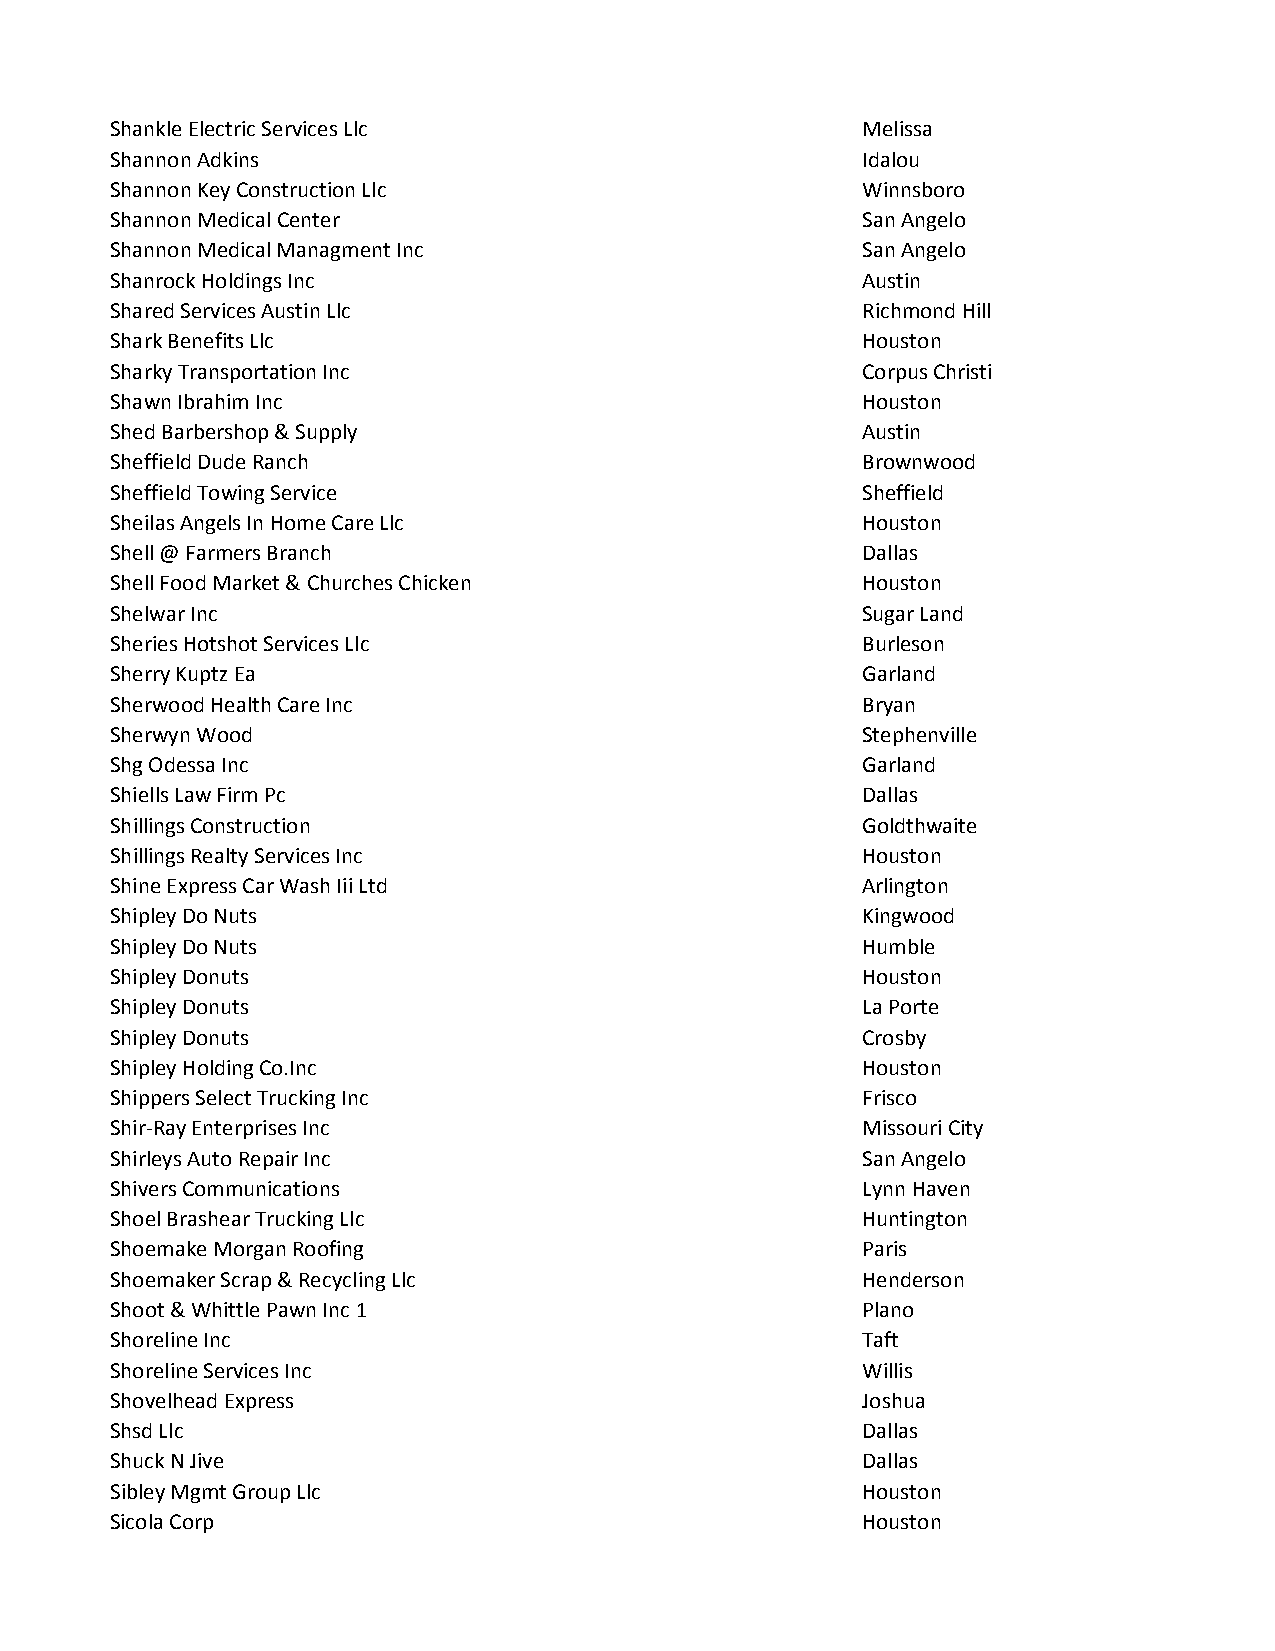
Shankle Electric Services Llc                     Melissa
 Shannon Adkins                                    Idalou
 Shannon Key Construction Llc                      Winnsboro
 Shannon Medical Center                            San Angelo
 Shannon Medical Managment Inc                     San Angelo
 Shanrock Holdings Inc                             Austin
 Shared Services Austin Llc                        Richmond Hill
 Shark Benefits Llc                                Houston
 Sharky Transportation Inc                         Corpus Christi
 Shawn Ibrahim Inc                                 Houston
 Shed Barbershop & Supply                          Austin
 Sheffield Dude Ranch                              Brownwood
 Sheffield Towing Service                          Sheffield
 Sheilas Angels In Home Care Llc                   Houston
 Shell @ Farmers Branch                            Dallas
 Shell Food Market & Churches Chicken              Houston
 Shelwar Inc                                       Sugar Land
 Sheries Hotshot Services Llc                      Burleson
 Sherry Kuptz Ea                                   Garland
 Sherwood Health Care Inc                          Bryan
 Sherwyn Wood                                      Stephenville
 Shg Odessa Inc                                    Garland
 Shiells Law Firm Pc                               Dallas
 Shillings Construction                            Goldthwaite
 Shillings Realty Services Inc                     Houston
 Shine Express Car Wash Iii Ltd                    Arlington
 Shipley Do Nuts                                   Kingwood
 Shipley Do Nuts                                   Humble
 Shipley Donuts                                    Houston
 Shipley Donuts                                    La Porte
 Shipley Donuts                                    Crosby
 Shipley Holding Co.Inc                            Houston
 Shippers Select Trucking Inc                      Frisco
 Shir-Ray Enterprises Inc                          Missouri City
 Shirleys Auto Repair Inc                          San Angelo
 Shivers Communications                            Lynn Haven
 Shoel Brashear Trucking Llc                       Huntington
 Shoemake Morgan Roofing                           Paris
 Shoemaker Scrap & Recycling Llc                   Henderson
 Shoot & Whittle Pawn Inc 1                        Plano
 Shoreline Inc                                     Taft
 Shoreline Services Inc                            Willis
 Shovelhead Express                                Joshua
 Shsd Llc                                          Dallas
 Shuck N Jive                                      Dallas
 Sibley Mgmt Group Llc                             Houston
 Sicola Corp                                       Houston